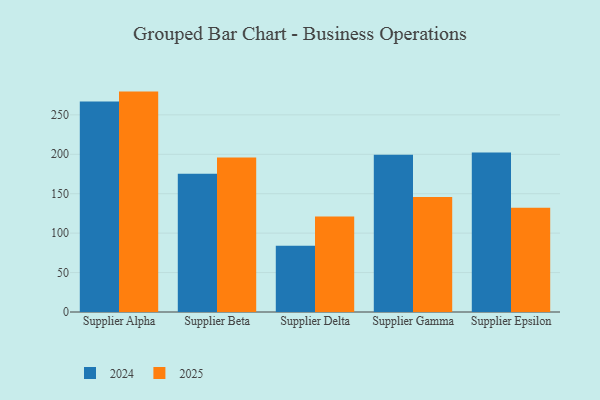
{"axis": {"x": "Supplier", "y": "Market Share (%)"}, "legend": ["2024", "2025"], "data": [{"x": "Supplier Alpha", "y": 279.5, "type": "2025"}, {"x": "Supplier Alpha", "y": 266.8, "type": "2024"}, {"x": "Supplier Beta", "y": 195.9, "type": "2025"}, {"x": "Supplier Beta", "y": 175.4, "type": "2024"}, {"x": "Supplier Delta", "y": 121.2, "type": "2025"}, {"x": "Supplier Delta", "y": 84.1, "type": "2024"}, {"x": "Supplier Gamma", "y": 145.8, "type": "2025"}, {"x": "Supplier Gamma", "y": 199.4, "type": "2024"}, {"x": "Supplier Epsilon", "y": 132.2, "type": "2025"}, {"x": "Supplier Epsilon", "y": 202.2, "type": "2024"}]}